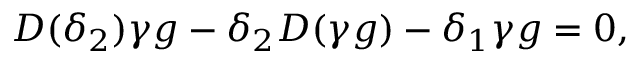
D ( \delta _ { 2 } ) \gamma g - \delta _ { 2 } D ( \gamma g ) - \delta _ { 1 } \gamma g = 0 ,